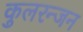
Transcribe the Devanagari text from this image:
कुलरन्जन